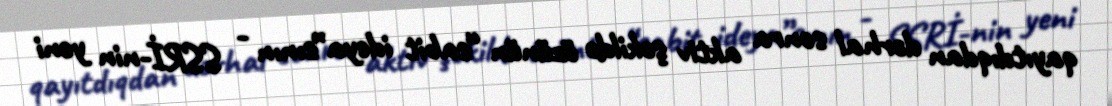
qayıtdıqdan dərhal sonra aktiv şəkildə özünün “sabit ideya”sının - SSRİ-nin yeni